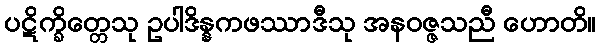
ပဋိက္ခိတ္တေသု ဥပါဒိန္နကဖဿာဒီသု အနဝဇ္ဇသညီ ဟောတိ။